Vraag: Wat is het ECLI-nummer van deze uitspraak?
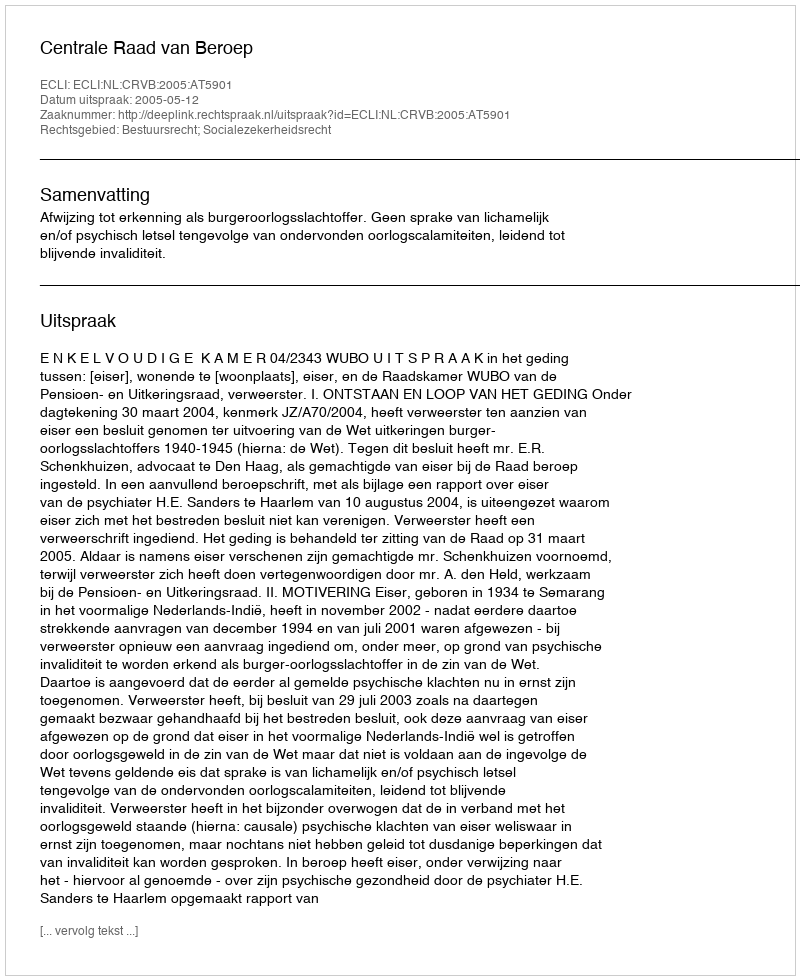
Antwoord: ECLI:NL:CRVB:2005:AT5901